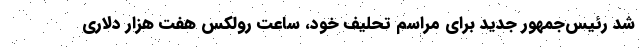
شد رئیس‌جمهور جدید برای مراسم تحلیف خود، ساعت رولکس هفت هزار دلاری